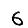
Digit: 6